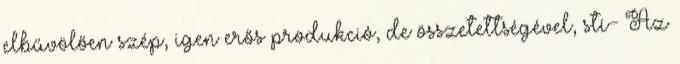
elbűvölően szép, igen erős produkció, de összetettségével, stí- Az